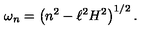
\omega _ { n } = \left( n ^ { 2 } - \ell ^ { 2 } H ^ { 2 } \right) ^ { 1 / 2 } .